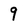
Character: 9